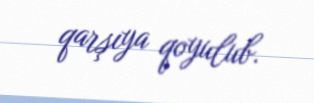
qarşıya qoyulub.